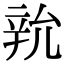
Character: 𨐑